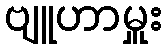
ဗျူဟာမှူး